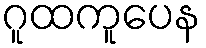
ဂူထကူပေန